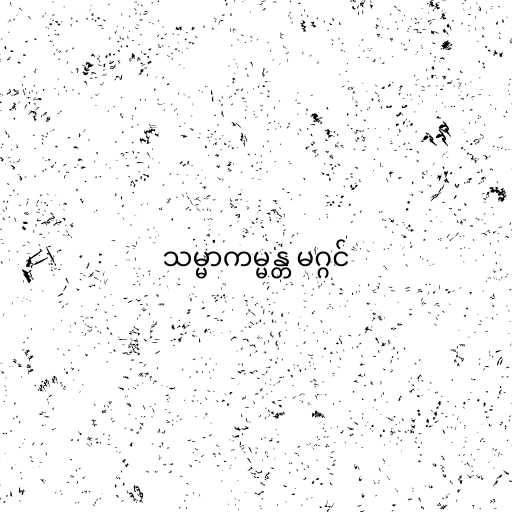
သမ္မာကမ္မန္တ မဂ္ဂင်